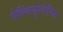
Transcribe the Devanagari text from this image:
पेल्वियुरेटेरिक